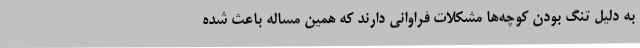
به دلیل تنگ بودن کوچه‌ها مشکلات فراوانی دارند که همین مساله باعث شده